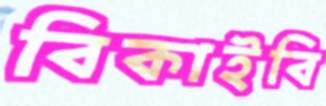
বিকাইবি